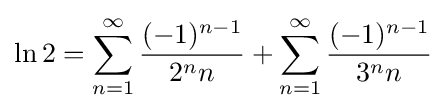
\ln 2=\sum _{n=1}^{\infty }{\frac {(-1)^{n-1}}{2^{n}n}}+\sum _{n=1}^{\infty }{\frac {(-1)^{n-1}}{3^{n}n}}